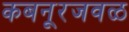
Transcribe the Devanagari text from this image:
कबनूरजवळ